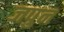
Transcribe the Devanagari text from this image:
जपुन